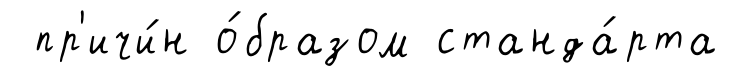
пр'ичи́н о́бразом станда́рта